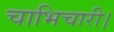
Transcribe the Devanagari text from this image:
चाभिचारी।